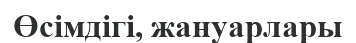
Өсімдігі, жануарлары